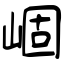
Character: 崓